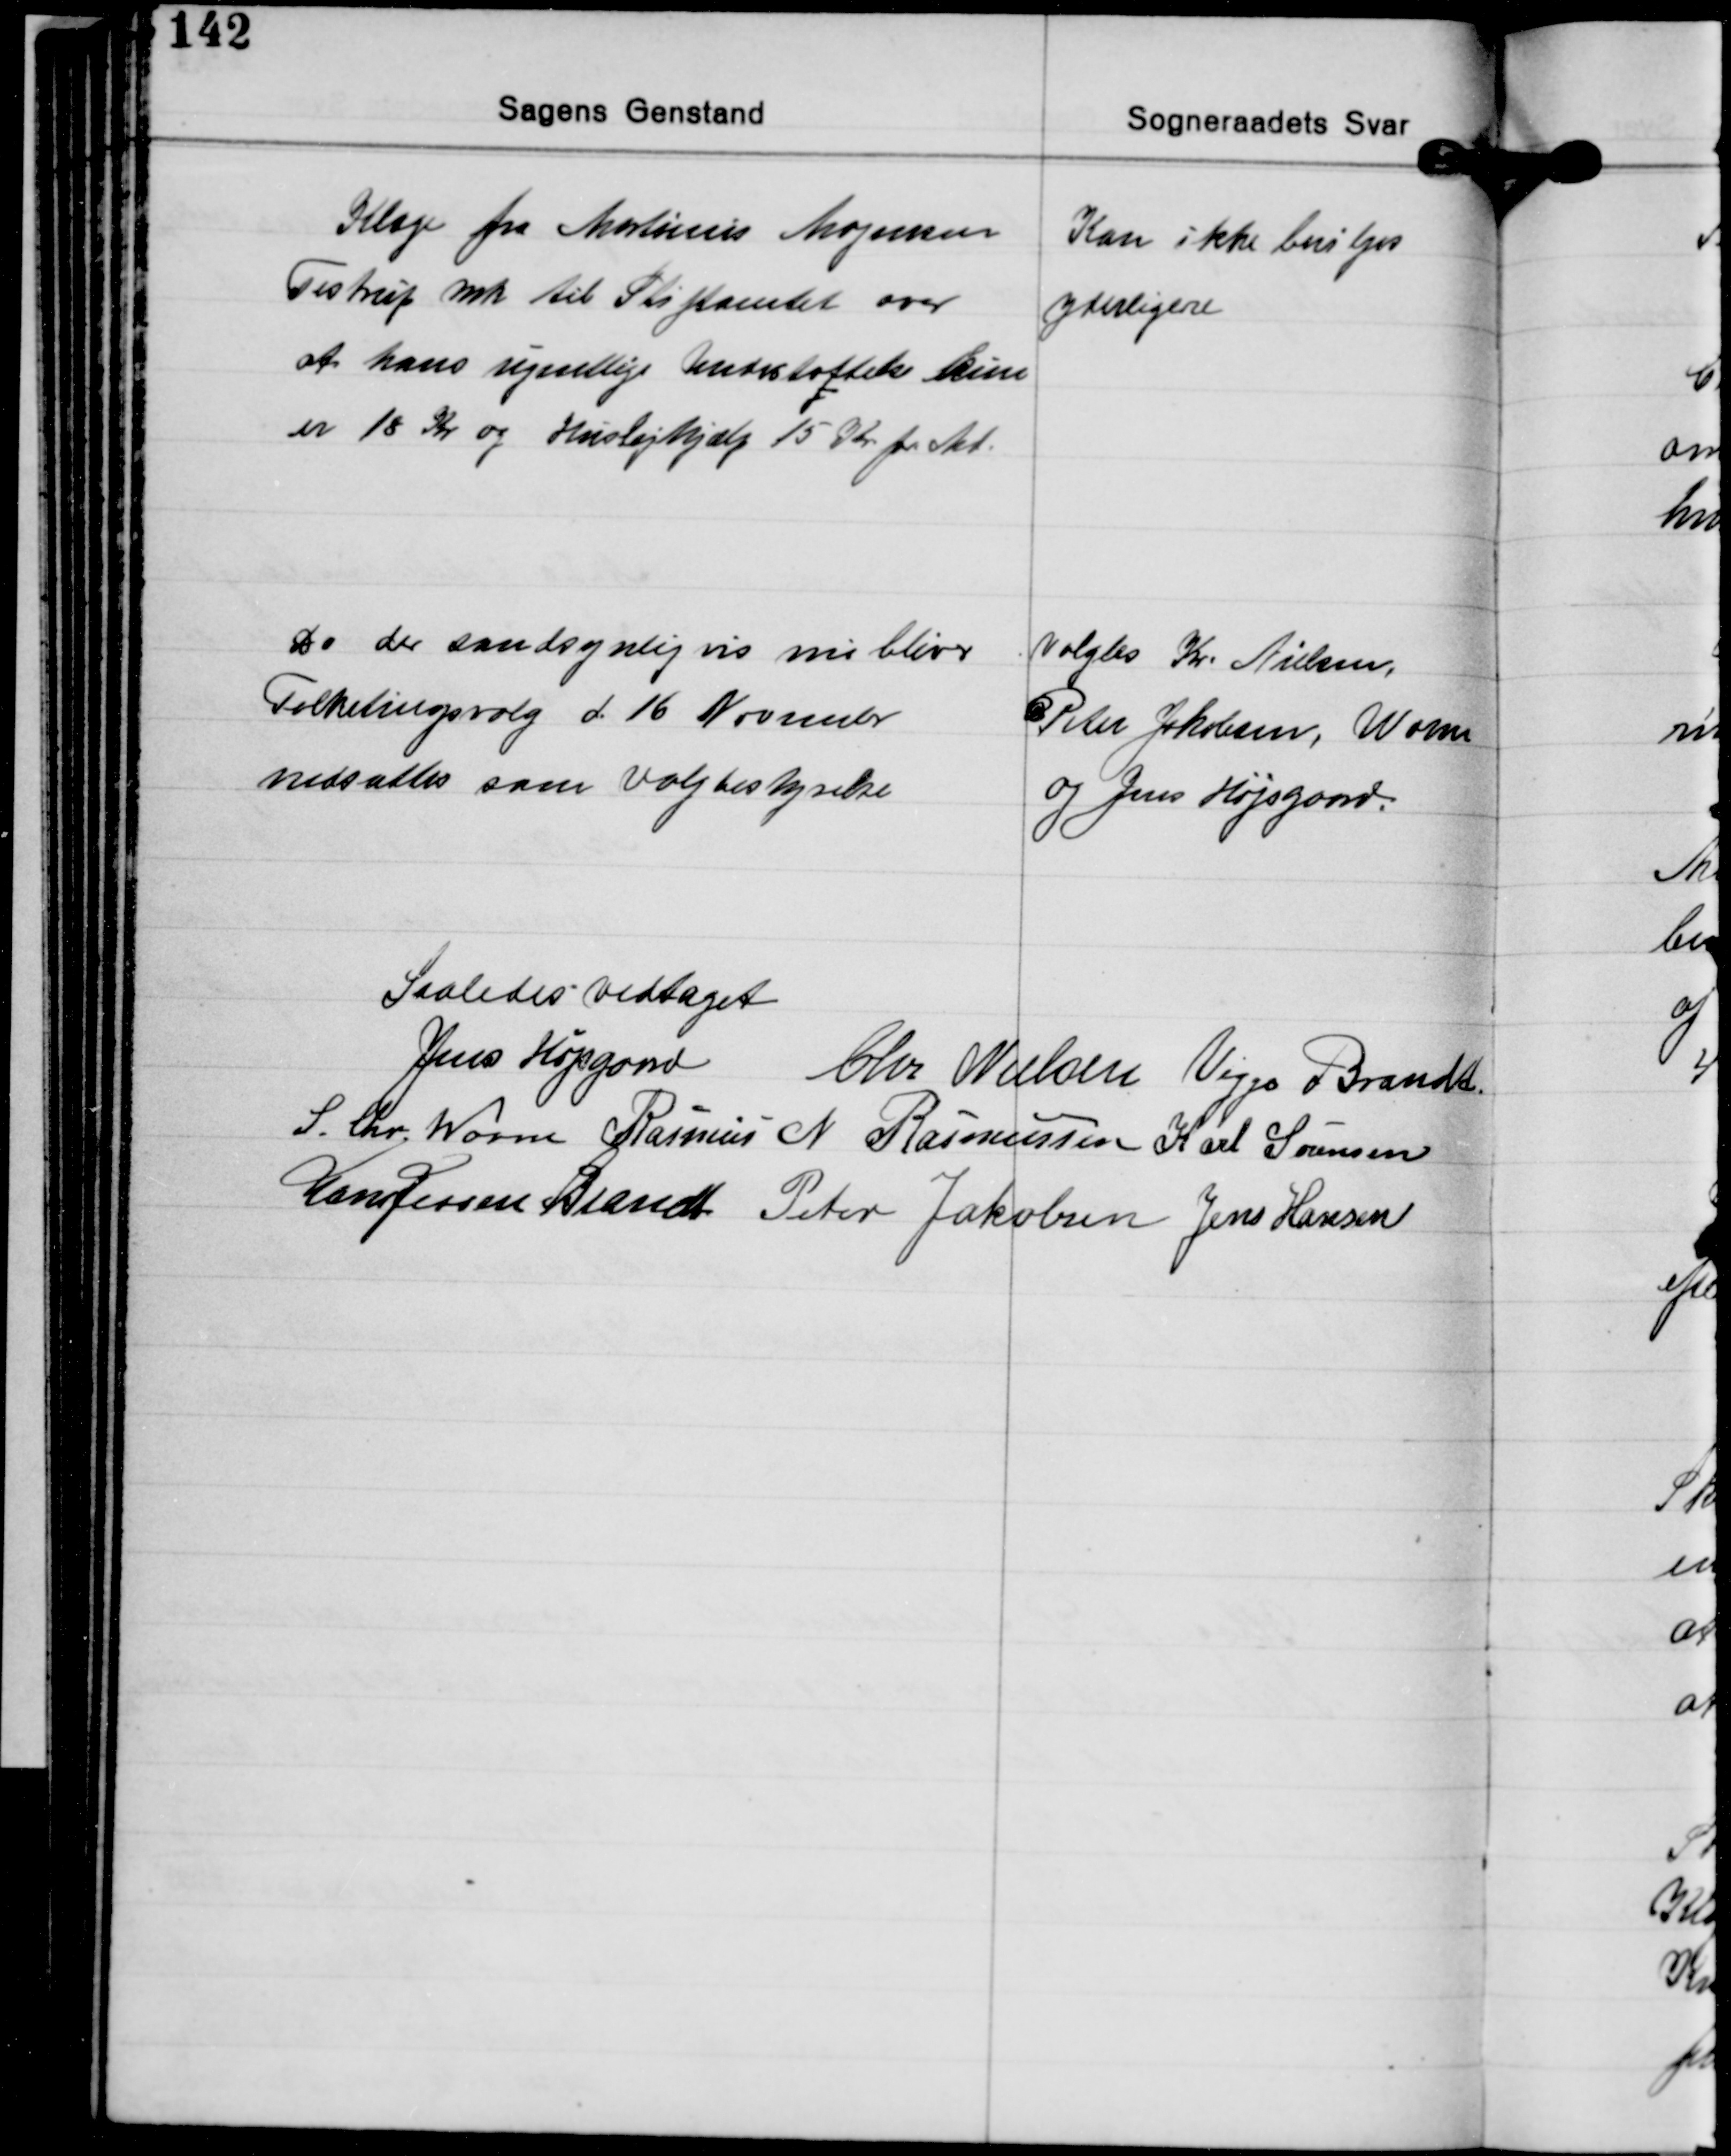
Transskription:
Klage fra Martinus Mogensen
Testrup mk. til Stiftamtet over
at hans ugentlige Understøttelse kun
er 18 Kr. og Huslejehjælp 15 Kr. pr. Md.

Kan ikke bevilges
yderligere

Da der sandsynligvis nu bliver
Folketingsvalg d 16 November
nedsattes som Valgbestyrelse

Valgtes Kr. Nielsen,
Peter Jakobsen, Worm
og Jens Højsgaard.

Saaledes vedtaget
Jens Højgaard Chr. Nielsen Viggo Brandt
S. Chr. Worm Rasmus N. Rasmussen Karl Sørensen
Hans Jessen Brandt Peter Jakobsen Jens Hansen